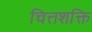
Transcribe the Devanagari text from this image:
चित्तशक्ति